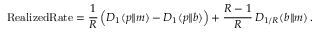
\mathrm { { R e a l i z e d R a t e } } = { \frac { 1 } { R } } \, { \Big ( } D _ { 1 } ( p \| m ) - D _ { 1 } ( p \| b ) { \Big ) } + { \frac { R - 1 } { R } } \, D _ { 1 / R } ( b \| m ) \, .